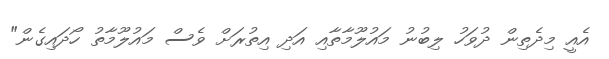
އެއީ މިދެތިން ދުވަހު ލިބުނު މައުލޫމާތާއި އަދި އިތުރަށް ވެސް މައުލޫމާތު ހޯދައިގެން"